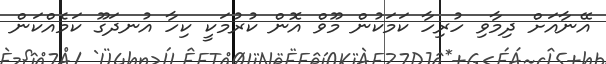
އޭނާއަށް ދިމާވި ހުރިހާ ކަމަކުން މޫވް އޮން ކުރުމަކީ ކިހާ އުނދަގޫ ކަމެއްކަން